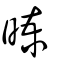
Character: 暕